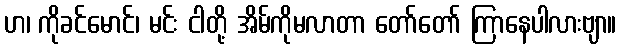
ဟ၊ ကိုခင်မောင်၊ မင်း ငါတို့ အိမ်ကိုမလာတာ တော်တော် ကြာနေပါလားဗျာ။